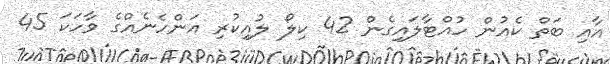
އާއި ބަތް ކެއުން ހުއްޓާލައިގެން 42 ކިލޯ ލުއިކުރި އަންހެނެއްގެ ވާހަކަ 45